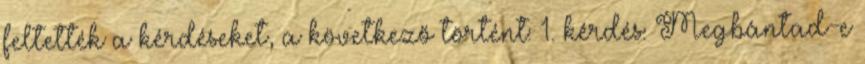
feltették a kérdéseket, a következő történt: 1. kérdés: Megbántad-e